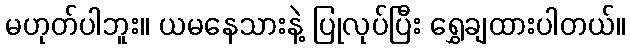
မဟုတ်ပါဘူး။ ယမနေသားနဲ့ ပြုလုပ်ပြီး ရွှေချထားပါတယ်။